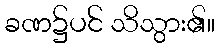
ခဏ၌ပင် သိသွား၏။